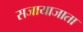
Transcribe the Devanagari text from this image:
सजायाजाता